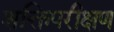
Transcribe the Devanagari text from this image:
शक्तिपरीक्षण